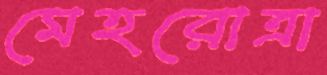
মেহরোত্রা